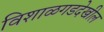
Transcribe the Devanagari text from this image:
विशाळगडदेखील